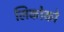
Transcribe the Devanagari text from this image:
लिकोको